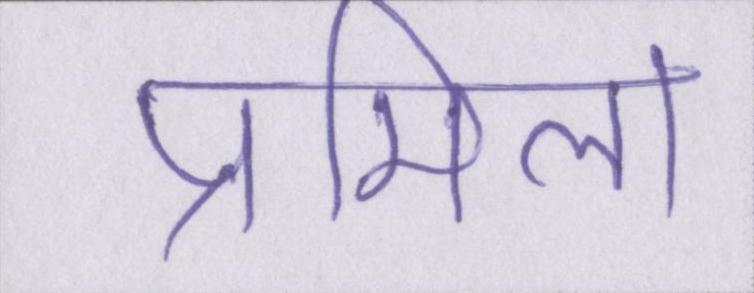
प्रमिला